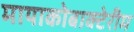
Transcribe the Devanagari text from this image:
मायाकोबाक्टेरीम